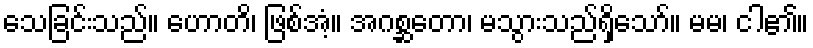
သေခြင်းသည်။ ဟောတိ၊ ဖြစ်အံ့။ အဂစ္ဆတော၊ မသွားသည်ရှိသော်။ မမ၊ ငါ၏။